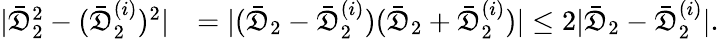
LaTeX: \begin{array}{rl}{|\bar{\mathfrak{D}}_{2}^{2}-(\bar{\mathfrak{D}}_{2}^{(i)})^{2}|}&{=|(\bar{\mathfrak{D}}_{2}-\bar{\mathfrak{D}}_{2}^{(i)})(\bar{\mathfrak{D}}_{2}+\bar{\mathfrak{D}}_{2}^{(i)})|\leq 2|\bar{\mathfrak{D}}_{2}-\bar{\mathfrak{D}}_{2}^{(i)}|.}\end{array}